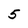
Character: 5